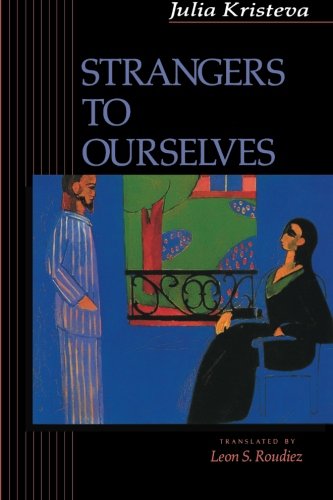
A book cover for Strangers to Ourselves; Julia Kristeva; Gay & Lesbian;